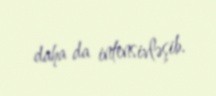
daha da intensivləşib.